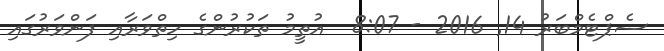
ސެޕްޓެމްބަރު 14